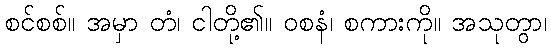
စင်စစ်။ အမှာ တံ၊ ငါတို့၏။ ဝစနံ၊ စကားကို။ အသုတွာ၊